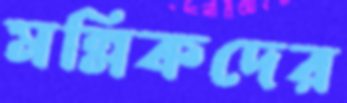
মল্লিকদের